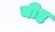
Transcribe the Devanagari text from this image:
यीष्ट